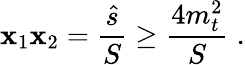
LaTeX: \mathbf{x}_{1}\mathbf{x}_{2}=\frac{{\hat{{s}}}}{{S}}\ge\frac{{4m_{t}^{2}}}{{S}}\; .